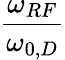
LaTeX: \frac{\omega_{RF}}{\omega_{0,D}}